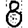
Digit: 8